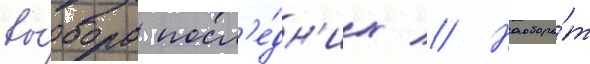
вы́бора посл'е́дн'их // Наоборо́т